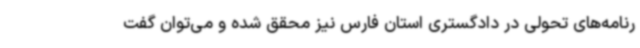
رنامه‌های تحولی در دادگستری استان فارس نیز محقق شده و می‌توان گفت